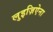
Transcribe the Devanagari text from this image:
लुइज़िऐना